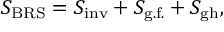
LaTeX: S _ { \mathrm { B R S } } = S _ { \mathrm { i n v } } + S _ { \mathrm { g . f . } } + S _ { \mathrm { g h } } ,